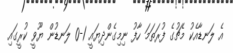
އެ ލަނޑާއެކު މެޗުގެ ފުރަތަމަ ހާފު ނިމިގެންދިޔައީ 1-0 ލަނޑުން ޔޫވީ ކުރީގައި